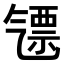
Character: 𣱪